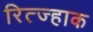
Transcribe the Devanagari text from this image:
रित्ज्हाक